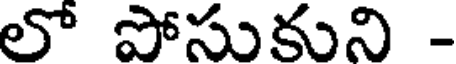
లో పోసుకుని -